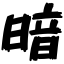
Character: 暗